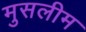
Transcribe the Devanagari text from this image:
मुसलीम